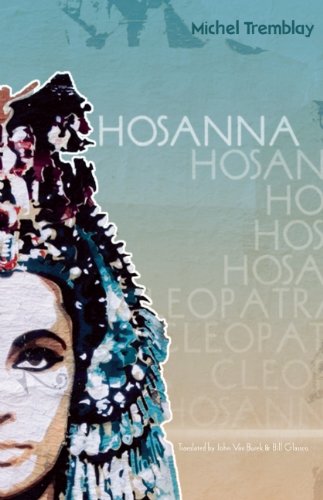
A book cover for Hosanna; Michel Tremblay; Literature & Fiction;